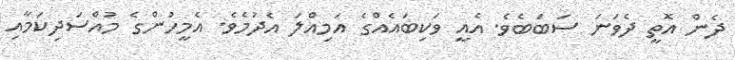
ދެން އޮތީ ދެވަނަ ސަބަބެވެ. އެއީ ވަކިބައެއްގެ އަމިއްލަ އެދުމެވެ. އެމީހުންގެ މުއްސަދިކަމާއި